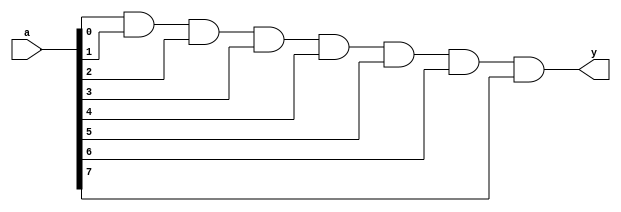
`timescale 1ns/1ps

module andN #(parameter N=8)
	     (input [N-1:0] a,
	      output y);

   wire [N-1:1]      x;

   genvar 	     i;

   generate
      for (i=1; i<N; i=i+1)
	begin:ForLoop
	   if (i==1)
	     assign x[1] = a[0] & a[1];
	   else
	     assign x[i] = x[i-1] & a[i];
	end
      endgenerate

   assign y = x[N-1];
endmodule // andN